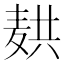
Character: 𬹆